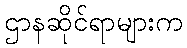
ဌာနဆိုင်ရာများက